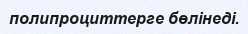
полипроциттерге бөлiнедi.